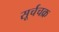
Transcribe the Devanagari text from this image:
सूर्चचक्र